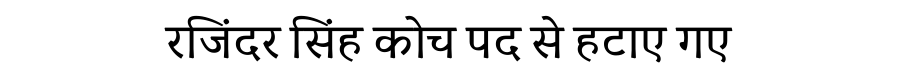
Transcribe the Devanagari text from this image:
रजिंदर सिंह कोच पद से हटाए गए